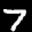
Label: 7